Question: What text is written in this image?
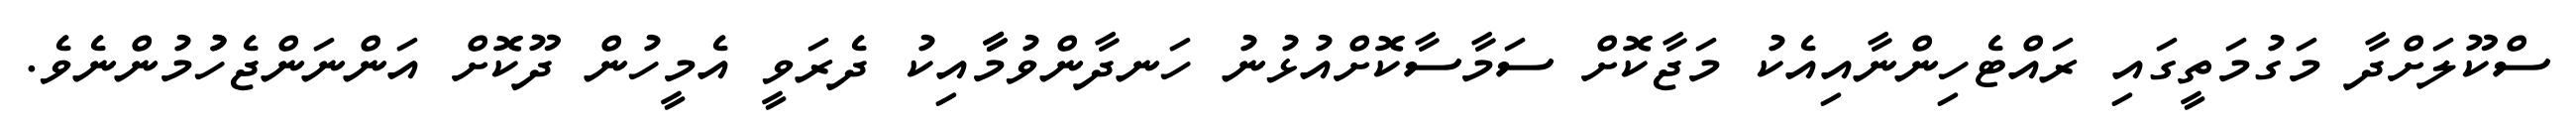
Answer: ސްކޫލަށްދާ މަގުމަތީގައި ރައްޓެހިންނާއިއެކު މަޖާކޮށް ސަމާސާކޮށްއުޅުނު ހަނދާންވުމާާާއިކު ދެރަވީ އެމީހުން ދޫކޮށް އަންނަންޖެހުުމުންނެވެ.